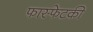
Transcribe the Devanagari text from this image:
फास्फेटकी